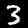
Label: 3